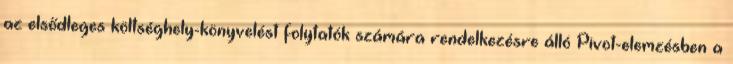
az elsődleges költséghely-könyvelést folytatók számára rendelkezésre álló Pivot-elemzésben a